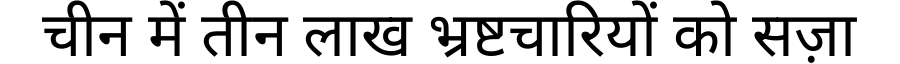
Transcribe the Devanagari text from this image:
चीन में तीन लाख भ्रष्टचारियों को सज़ा